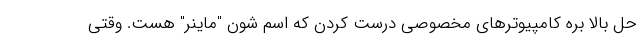
حل بالا بره کامپیوترهای مخصوصی درست کردن که اسم شون "ماینر" هست. وقتی